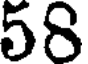
58